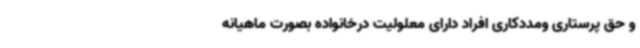
و حق پرستاری ومددکاری افراد دارای معلولیت درخانواده بصورت ماهیانه